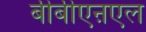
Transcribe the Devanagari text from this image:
बीबीएऩएल